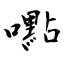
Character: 嚸